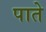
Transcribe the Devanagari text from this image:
पाते